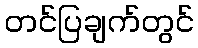
တင်ပြချက်တွင်